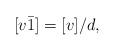
LaTeX: \begin{align*}[v\bar{1}] = [v] / d, \end{align*}